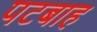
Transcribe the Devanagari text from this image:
पटबाह